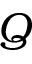
Q